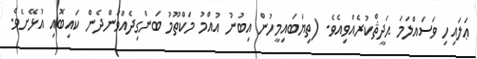
ޢަލައިހި ވަސައްލަމަ ޙަދީޘްކުރެއްވިއެވެ. (ތިޔަބައިމީހުން އިބުނު އުއްމު މަކްތޫމު ބަންގިދެއްވަންދެން ކައިބޮއި އުޅޭށެވެ.